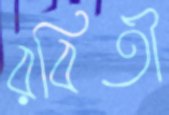
রবিতী